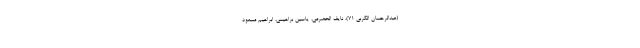
(عبدالرحمان الکربی ۷۱)، نایف الحضرمی، یاسین براهیمی، ابراهیم مسعود